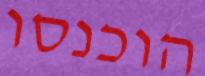
הוכנסו